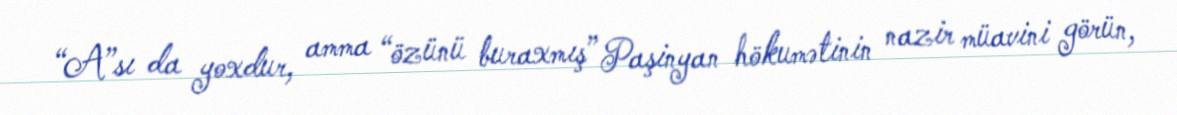
“A”sı da yoxdur, amma “özünü buraxmış” Paşinyan hökumətinin nazir müavini görün,